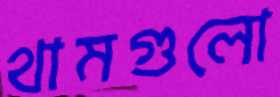
থামগুলো